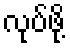
လုပ်ဖို့